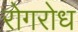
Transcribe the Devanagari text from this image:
रोगरोध